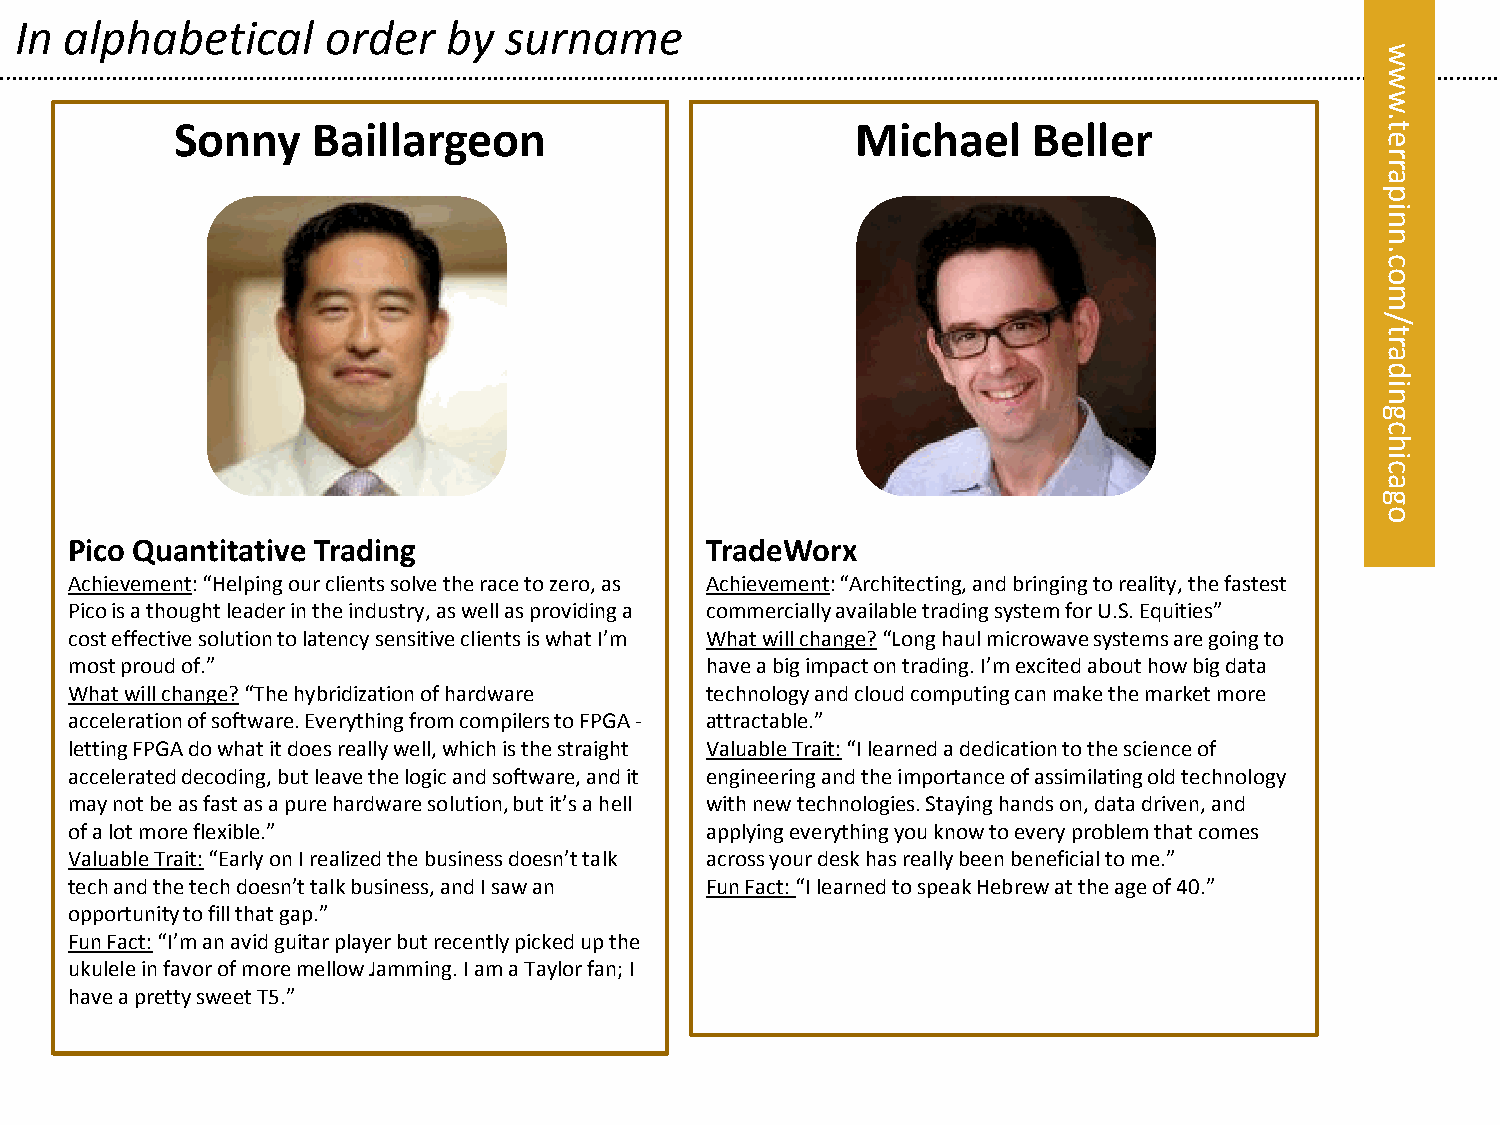
In alphabetical      order   by surname
 w
 w
 w
 Sonny    Baillargeon                         Michael    Beller                 t.
 e
 r
 r
 eta
 rrp
 pa ni
 ni
 n
 n.
 c.c
 oo
 m
 m
 /
 ol/
 yt
 ar
 aytl da
 si
 ain
 g
 c
 h
 i
 c
 a
 g
 o
 Pico Quantitative Trading                 TradeWorx
 Achievement: “Helping our clients solve the race to zero, as Achievement: “Architecting, and bringing to reality, the fastest
 Pico is a thought leader in the industry, as well as providing a commercially available trading system for U.S. Equities”
 cost effective solution to latency sensitive clients is what I’m What will change? “Long haul microwave systems are going to
 most proud of.”                           have a big impact on trading. I’m excited about how big data
 What will change? “The hybridization of hardware technology and cloud computing can make the market more
 acceleration of software. Everything from compilers to FPGA - attractable.”
 letting FPGA do what it does really well, which is the straight Valuable Trait: “I learned a dedication to the science of
 accelerated decoding, but leave the logic and software, and it engineering and the importance of assimilating old technology
 may not be as fast as a pure hardware solution, but it’s a hell with new technologies. Staying hands on, data driven, and
 of a lot more flexible.”                  applying everything you know to every problem that comes
 Valuable Trait: “Early on I realized the business doesn’t talk across your desk has really been beneficial to me.”
 tech and the tech doesn’t talk business, and I saw an Fun Fact: “I learned to speak Hebrew at the age of 40.”
 opportunity to fill that gap.”
 Fun Fact: “I’m an avid guitar player but recently picked up the
 ukulele in favor of more mellow Jamming. I am a Taylor fan; I
 have a pretty sweet T5.”